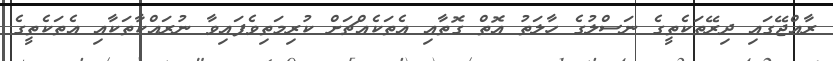
ރާއްޖޭގައި ދިރޭތަކެތީގެ ނަސްލުގެ ހާލަތު އޮތް ގޮތާއި އެތަކެއްޗަށް ކުރިމަތިވެފައިވާ ނުރައްކާތަކާއި އެތަކެތީގެ